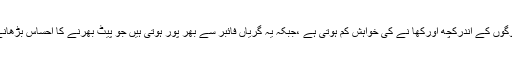
ایک ممکنہ وضاحت تو یہ ہے کہ گریوں کو چبانا ہی کافی محنت طلب کام ہوتا ہے اور اس کے نتیجے میں لوگوں کے اندرکچھ اورکھا نے کی خواہش کم ہوتی ہے ،جبکہ یہ گریاں فائبر سے بھر پور ہوتی ہیں جو پیٹ بھرنے کا احساس بڑھانے والا جز ہے اور نظام ہاضمہ کوسست روی سے کام پرمجبور کرتاہے جس سے بے وقت بھوک نہیں لگتی۔